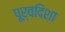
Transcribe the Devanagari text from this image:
पूर्वदिशा